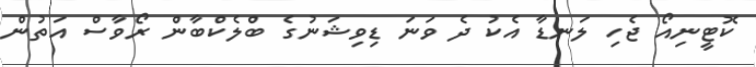
ކޮޓީނިއޯ ޖެހި ލަނޑާ އެކު ދެ ވަނަ ޑިވިޝަނުގެ ބްލެކްބާން ރޯވާސް އަތުން